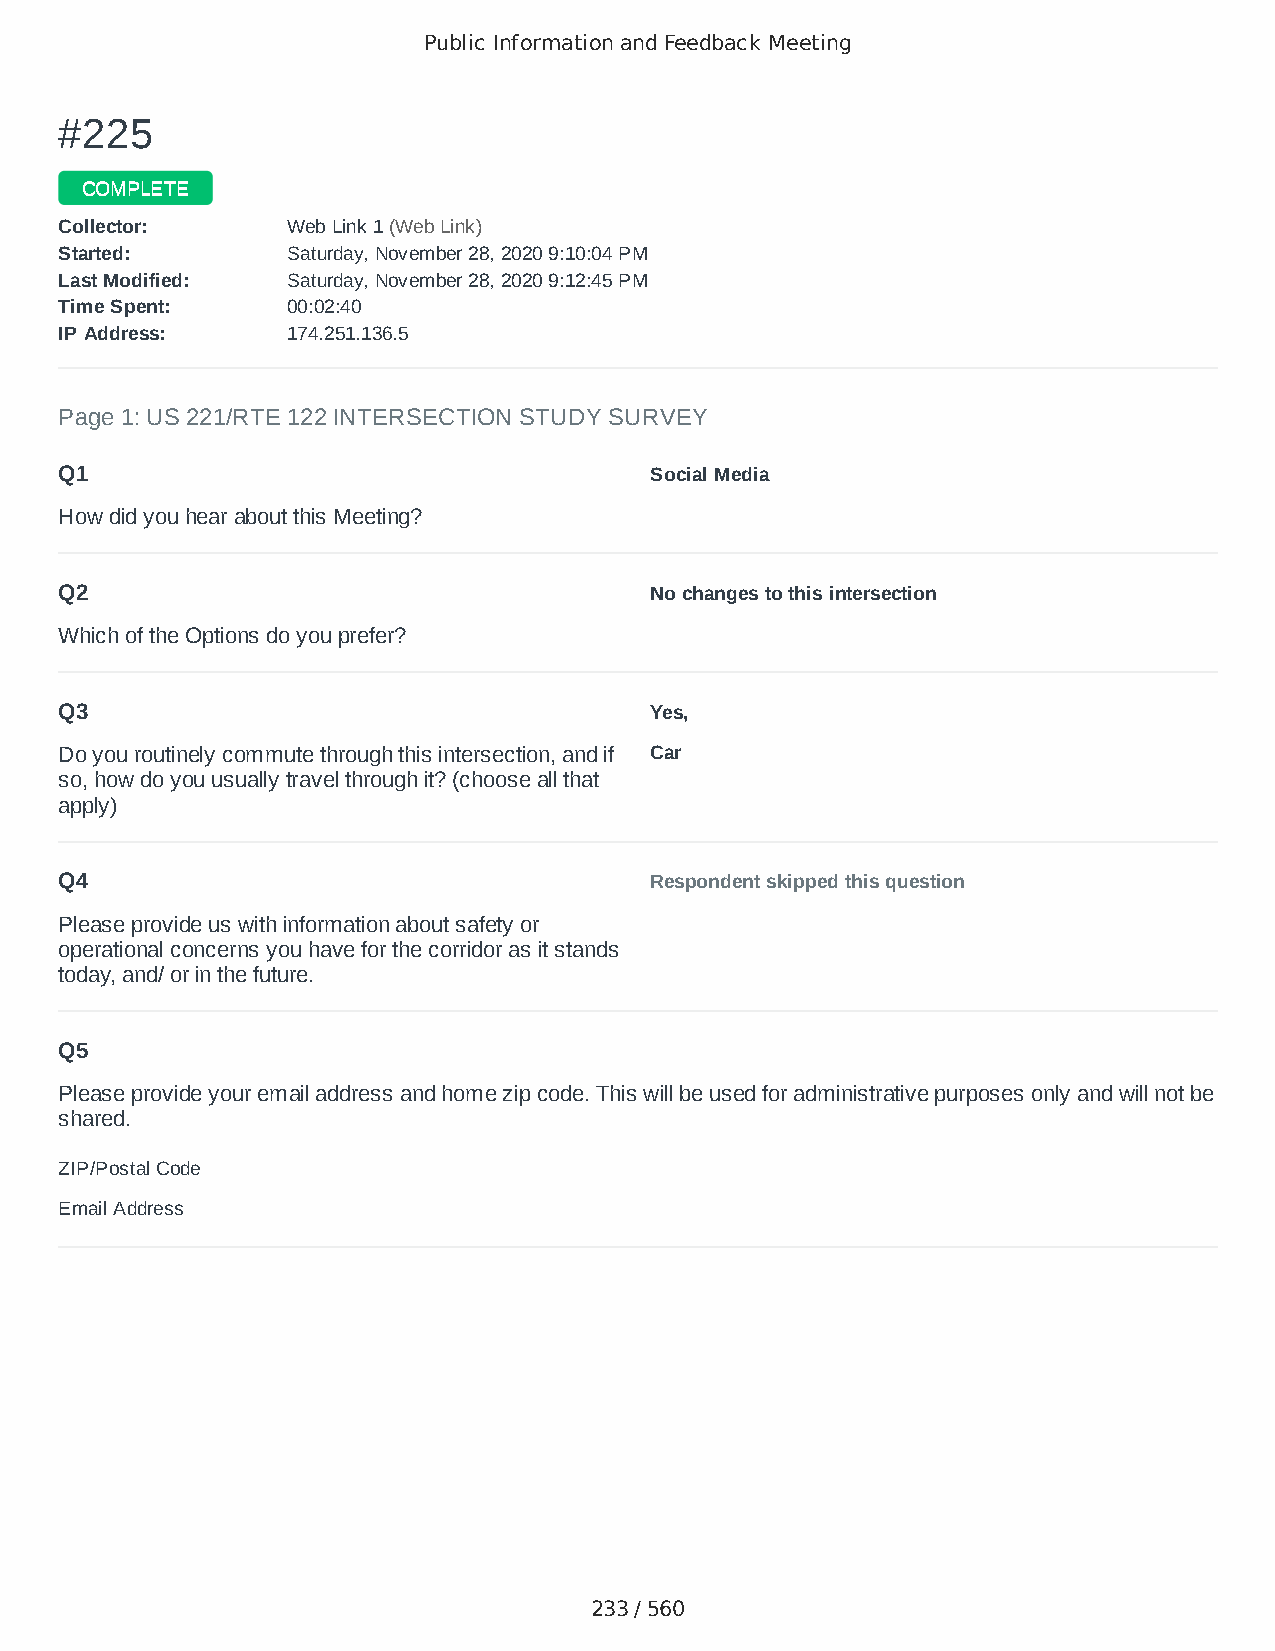
Public Information and Feedback Meeting
 ##222255
 CCOOMMPPLLEETTEE
 CCoolllleeccttoorr:: WWeebb LLiinnkk 11 ((WWeebb LLiinnkk))
 SSttaarrtteedd:: SSaattuurrddaayy,, NNoovveemmbbeerr 2288,, 22002200 99::1100::0044 PPMM
 LLaasstt MMooddiiffiieedd:: SSaattuurrddaayy,, NNoovveemmbbeerr 2288,, 22002200 99::1122::4455 PPMM
 TTiimmee SSppeenntt:: 0000::0022::4400
 IIPP AAddddrreessss:: 117744..225511..113366..55
 Page 1: US 221/RTE 122 INTERSECTION STUDY SURVEY
 Q1                                     Social Media
 How did you hear about this Meeting?
 Q2                                     No changes to this intersection
 Which of the Options do you prefer?
 Q3                                     Yes,
 Do you routinely commute through this intersection, and if Car
 so, how do you usually travel through it? (choose all that
 apply)
 Q4                                     Respondent skipped this question
 Please provide us with information about safety or
 operational concerns you have for the corridor as it stands
 today, and/ or in the future.
 Q5
 Please provide your email address and home zip code. This will be used for administrative purposes only and will not be
 shared.
 ZIP/Postal Code                        24523
 Email Address                          overstreetwill@yahoo.com
 233 / 560